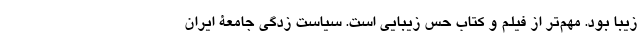
زیبا بود. مهم‌تر از فیلم و کتاب حس زیبایی است. سیاست زدگی جامعۀ ایران